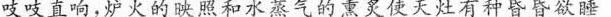
吱吱直响，炉火的映照和水蒸气的熏炙使天灶有种昏昏欲睡